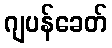
ဂျပန်ခေတ်